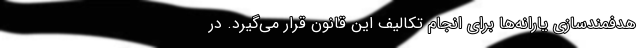
هدفمندسازی یارانه‌ها برای انجام تکالیف این قانون قرار می‌گیرد. در